Vaccine operations Central Provinces 1900-1911 - 1900-1911
Year: 1900
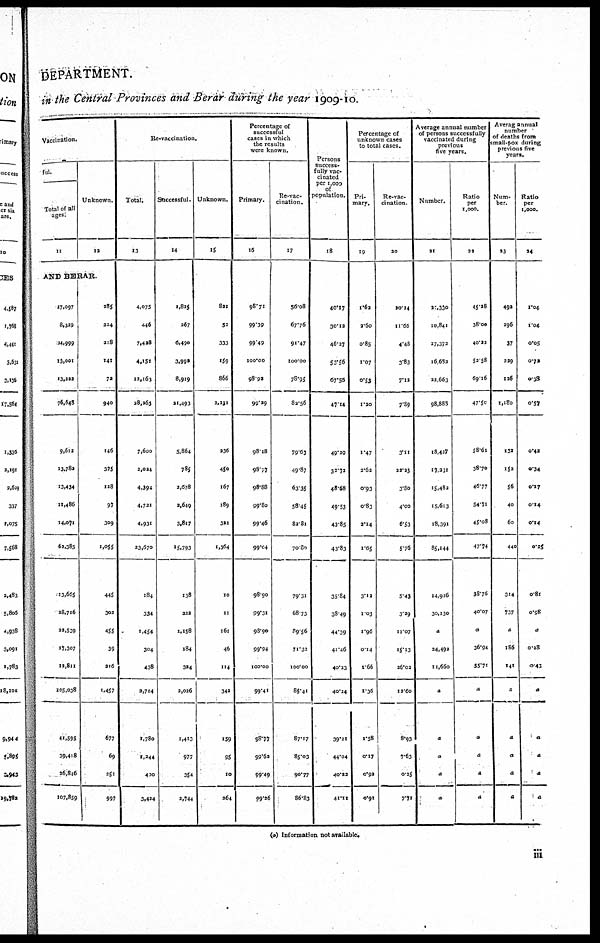
DEPARTMENT.
in the Central Provinces and Berar during the year 1909-10.
Vaccination.
ful.
Total of all
ages.
11
Unknown.
12
AND BERAR.
17,097
8,329
24,999
13,001
13,222
76,648
9,612
13,782
13,434
11,486
14,071
62,385
13,665
28,716
22,539
27,307
12,811
205,038
41,595
39,418
26,846
107,859
285
224
218
141
72
940
146
375
128
97
309
1,055
445
302
455
39
216
1,457
677
69
251
997
Re-vaccination.
Total.
13
4,075
446
7,428
4,151
12,163
28,263
7,600
2,024
4,394
4,721
4,931
23,670
184
334
1,454
304
438
2,714
1,780
1,244
400
3,424
Successful.
14
1,825
267
6,490
3,992
8,919
21,493
5,864
785
2,678
2,649
3,817
15,793
138
222
1,158
184
324
2,026
1,413
977
354
2,744
Unknown.
15
821
52
333
159
866
2,231
236
450
167
189
322
1,364
10
11
161
46
114
342
159
95
10
264
Percentage of
successful
cases in which
the results
were known.
Primary.
16
98.71
99.39
99.49
100.00
98.92
99.29
98.18
98.77
98.88
99.80
99.46
99.04
98.90
99.31
98.90
99.94
100.00
99.41
98.77
99.62
99.49
99.26
Re-vac-
cination.
17
56.08
67.76
91.47
100.00
78.95
82.56
79.63
49.87
63.35
58.45
82.81
70.80
79.31
68.73
89.56
71.32
100.00
85.41
87.17
85.03
90.77
86.83
Persons
success-
fully vac-
cinated
per 1,000
of
population.
18
40.17
30.12
46.27
53.56
67.56
47.14
49.29
32.72
48.68
49.53
43.85
43.83
35.84
38.49
44.39
41.46
40.23
40.24
39.21
44.04
40.22
41.11
Percentage of
unknown cases
to total cases.
Pri-
mary.
19
1.62
2.60
0.85
1.07
0.53
1.20
1.47
2.62
0.93
0.83
2.14
1.65
3.12
1.03
1.96
0.14
1.66
1.36
1.58
0.17
0.92
0.91
Re-vac¬
cination.
20
20.14
11.66
4.48
3.83
7.12
7.89
3.11
22.23
3.80
4.00
6.53
5.76
5.43
3.29
11.07
15.13
26.02
12.60
8.93
7.63
0.25
7.71
Average annual number
of persons successfully
vaccinated during
previous
five years.
Number.
21
21,330
10,841
27,372
16,632
22,663
98,888
18,427
17,231
15,482
15,613
18,391
85,144
14,926
30,130
a
24,492
11,660
a
a
a
a
a
Ratio
per
1,000.
22
45.28
38.00
40.22
52.58
69.16
47.50
58.61
38.70
46.77
54.71
45.08
47.74
38.76
40.07
a
36.94
35.71
a
a
a
a
a
Averag annual
number
of deaths from
small-pox during
previous five
years.
Num-
ber.
23
492
296
37
229
126
1,180
132
152
56
40
60
440
314
737
a
186
141
a
a
a
a
a
Ratio
per
1,000.
24
1.04
1.04
0.05
0.72
0.38
0.57
0.42
0.34
0.17
0.14
0.14
0.25
0.81
0.98
a
0.28
0.43
a
a
a
a
a
(a) Information not available.
iii